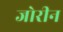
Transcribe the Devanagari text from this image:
जोरीन